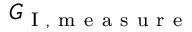
G _ { \mathrm { ~ I ~ , ~ m ~ e ~ a ~ s ~ u ~ r ~ e ~ } }